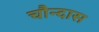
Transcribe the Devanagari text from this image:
चौन्दास